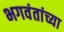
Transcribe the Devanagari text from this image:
भगवंतांच्या